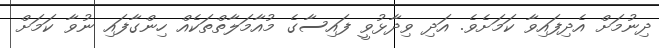
ދިނުމަށް އެދިފައިވާ ކަމަށެވެ. އަދި ވިދާޅުވީ ފައިސާގެ މުއާމަލާތްތަކެއް ހިންގާފައި ނުވާ ކަމަށް